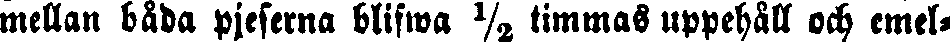
mellan båda pjeserna blifwa ½ timmas uppehåll och emel-